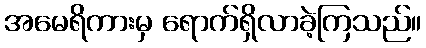
အမေရိကားမှ ရောက်ရှိလာခဲ့ကြသည်။